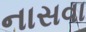
નાસવા